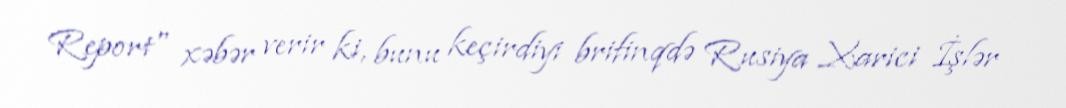
Report" xəbər verir ki, bunu keçirdiyi brifinqdə Rusiya Xarici İşlər